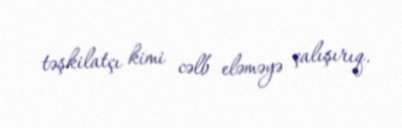
təşkilatçı kimi cəlb eləməyə çalışırıq.